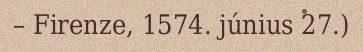
– Firenze, 1574. június 27.)